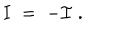
LaTeX: { \mathbf I } \; = \; - { \mathcal I } \; .